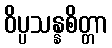
ဝိပ္ပသန္နစိတ္တာ